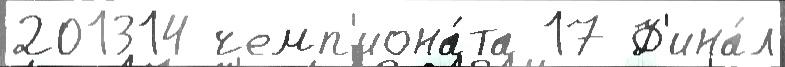
201314 чемп'иона́та 17 Ф'ина́л